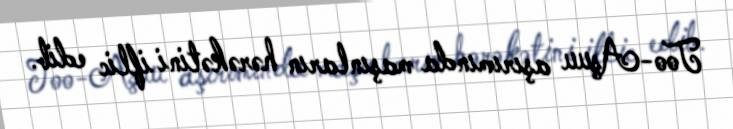
Too-Aşuu aşırımında maşınların hərəkətini iflic edib.